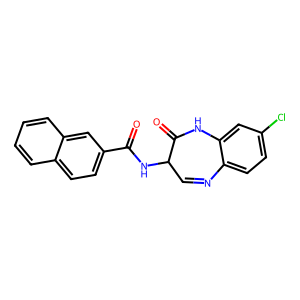
SMILES: O=C(NC1C=Nc2ccc(Cl)cc2NC1=O)c1ccc2ccccc2c1
Inhibits HIV replication: No